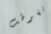
تغوطت